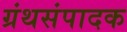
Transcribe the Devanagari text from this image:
ग्रंथसंपादक